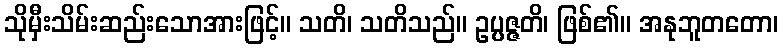
သိုမှီးသိမ်းဆည်းသောအားဖြင့်။ သတိ၊ သတိသည်။ ဥပ္ပဇ္ဇတိ၊ ဖြစ်၏။ အနုဘူတတော၊